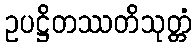
ဥပဋ္ဌိတဿတိသုတ္တံ